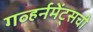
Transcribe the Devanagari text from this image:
गव्हर्नमेंट्सची